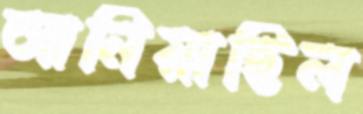
আনিয়াছিল